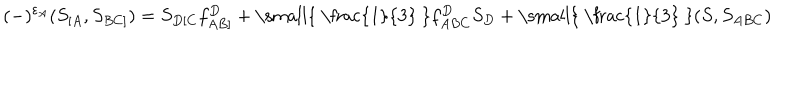
( - ) ^ { \varepsilon _ { A } } ( S _ { [ A } , S _ { B C ] } ) = S _ { D [ C } f _ { A B ] } ^ { D } + \mathrm { \small { ~ \frac { 1 } { 3 } ~ } } f _ { A B C } ^ { D } S _ { D } + \mathrm { \small { ~ \frac { 1 } { 3 } ~ } } ( S , S _ { A B C } )